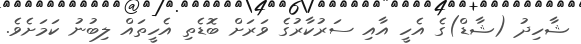
ޝާހިދު (ޝާޑް)ގެ އެހީ އާއި ސަރުކާރުގެ ވަރަށް ބޮޑެތި އެހީތައް ލިބުނު ކަމަށެވެ.